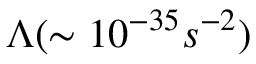
\Lambda ( \sim 1 0 ^ { - 3 5 } s ^ { - 2 } )